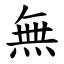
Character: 無